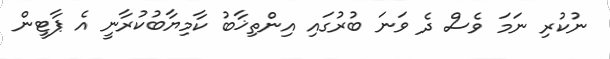
ނުކުރި ނަމަ ވެސް ދެ ވަނަ ބުރުގައި އިންތިޚާބު ކާމިޔާބުކުރާނީ އެ ޕާޓީން